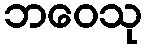
ဘဝေသု